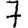
Digit: 7